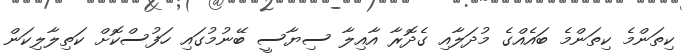
ކިތަންމެ ކިތަންމެ ބައެއްގެ މުދަލާއި ގެދޮރާ އާއިލާ ސިޔާސީ ބޭނުމުގައި ހަފުސްކޮށް ކަތިލާލިކަން